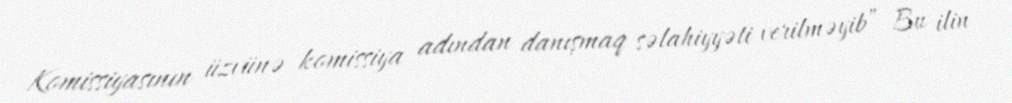
Komissiyasının üzvünə komissiya adından danışmaq səlahiyyəti verilməyib” Bu ilin